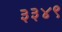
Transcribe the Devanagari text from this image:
३३४९